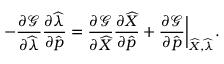
- \frac { \partial \mathcal { G } } { \partial \widehat { \lambda } } \frac { \partial \widehat { \lambda } } { \partial \widehat { \boldsymbol { p } } } = \frac { \partial \mathcal { G } } { \partial \widehat { X } } \frac { \partial \widehat { X } } { \partial \widehat { \boldsymbol { p } } } + \frac { \partial \mathcal { G } } { \partial \widehat { \boldsymbol { p } } } \bigg \lvert _ { \widehat { X } , \widehat { \lambda } } .